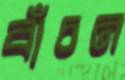
বাঁচন